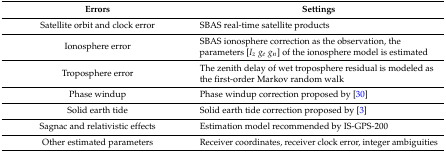
| Errors | Settings |
 | --- | --- |
 | Satellite orbit and clock error | SBAS real-time satellite products |
 | Ionosphere error | SBAS ionosphere correction as the observation, the parameters [Izgegn] of the ionosphere model is estimated |
 | Troposphere error | The zenith delay of wet troposphere residual is modeled as the first-order Markov random walk |
 | Phase windup | Phase windup correction proposed by [30] |
 | Solid earth tide | Solid earth tide correction proposed by [3] |
 | Sagnac and relativistic effects | Estimation model recommended by IS-GPS-200 |
 | Other estimated parameters | Receiver coordinates, receiver clock error, integer ambiguities |